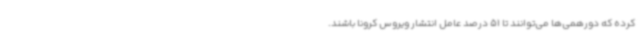
کرده که دورهمی‌ها می‌توانند تا 51 درصد عامل انتشار ویروس کرونا باشند.